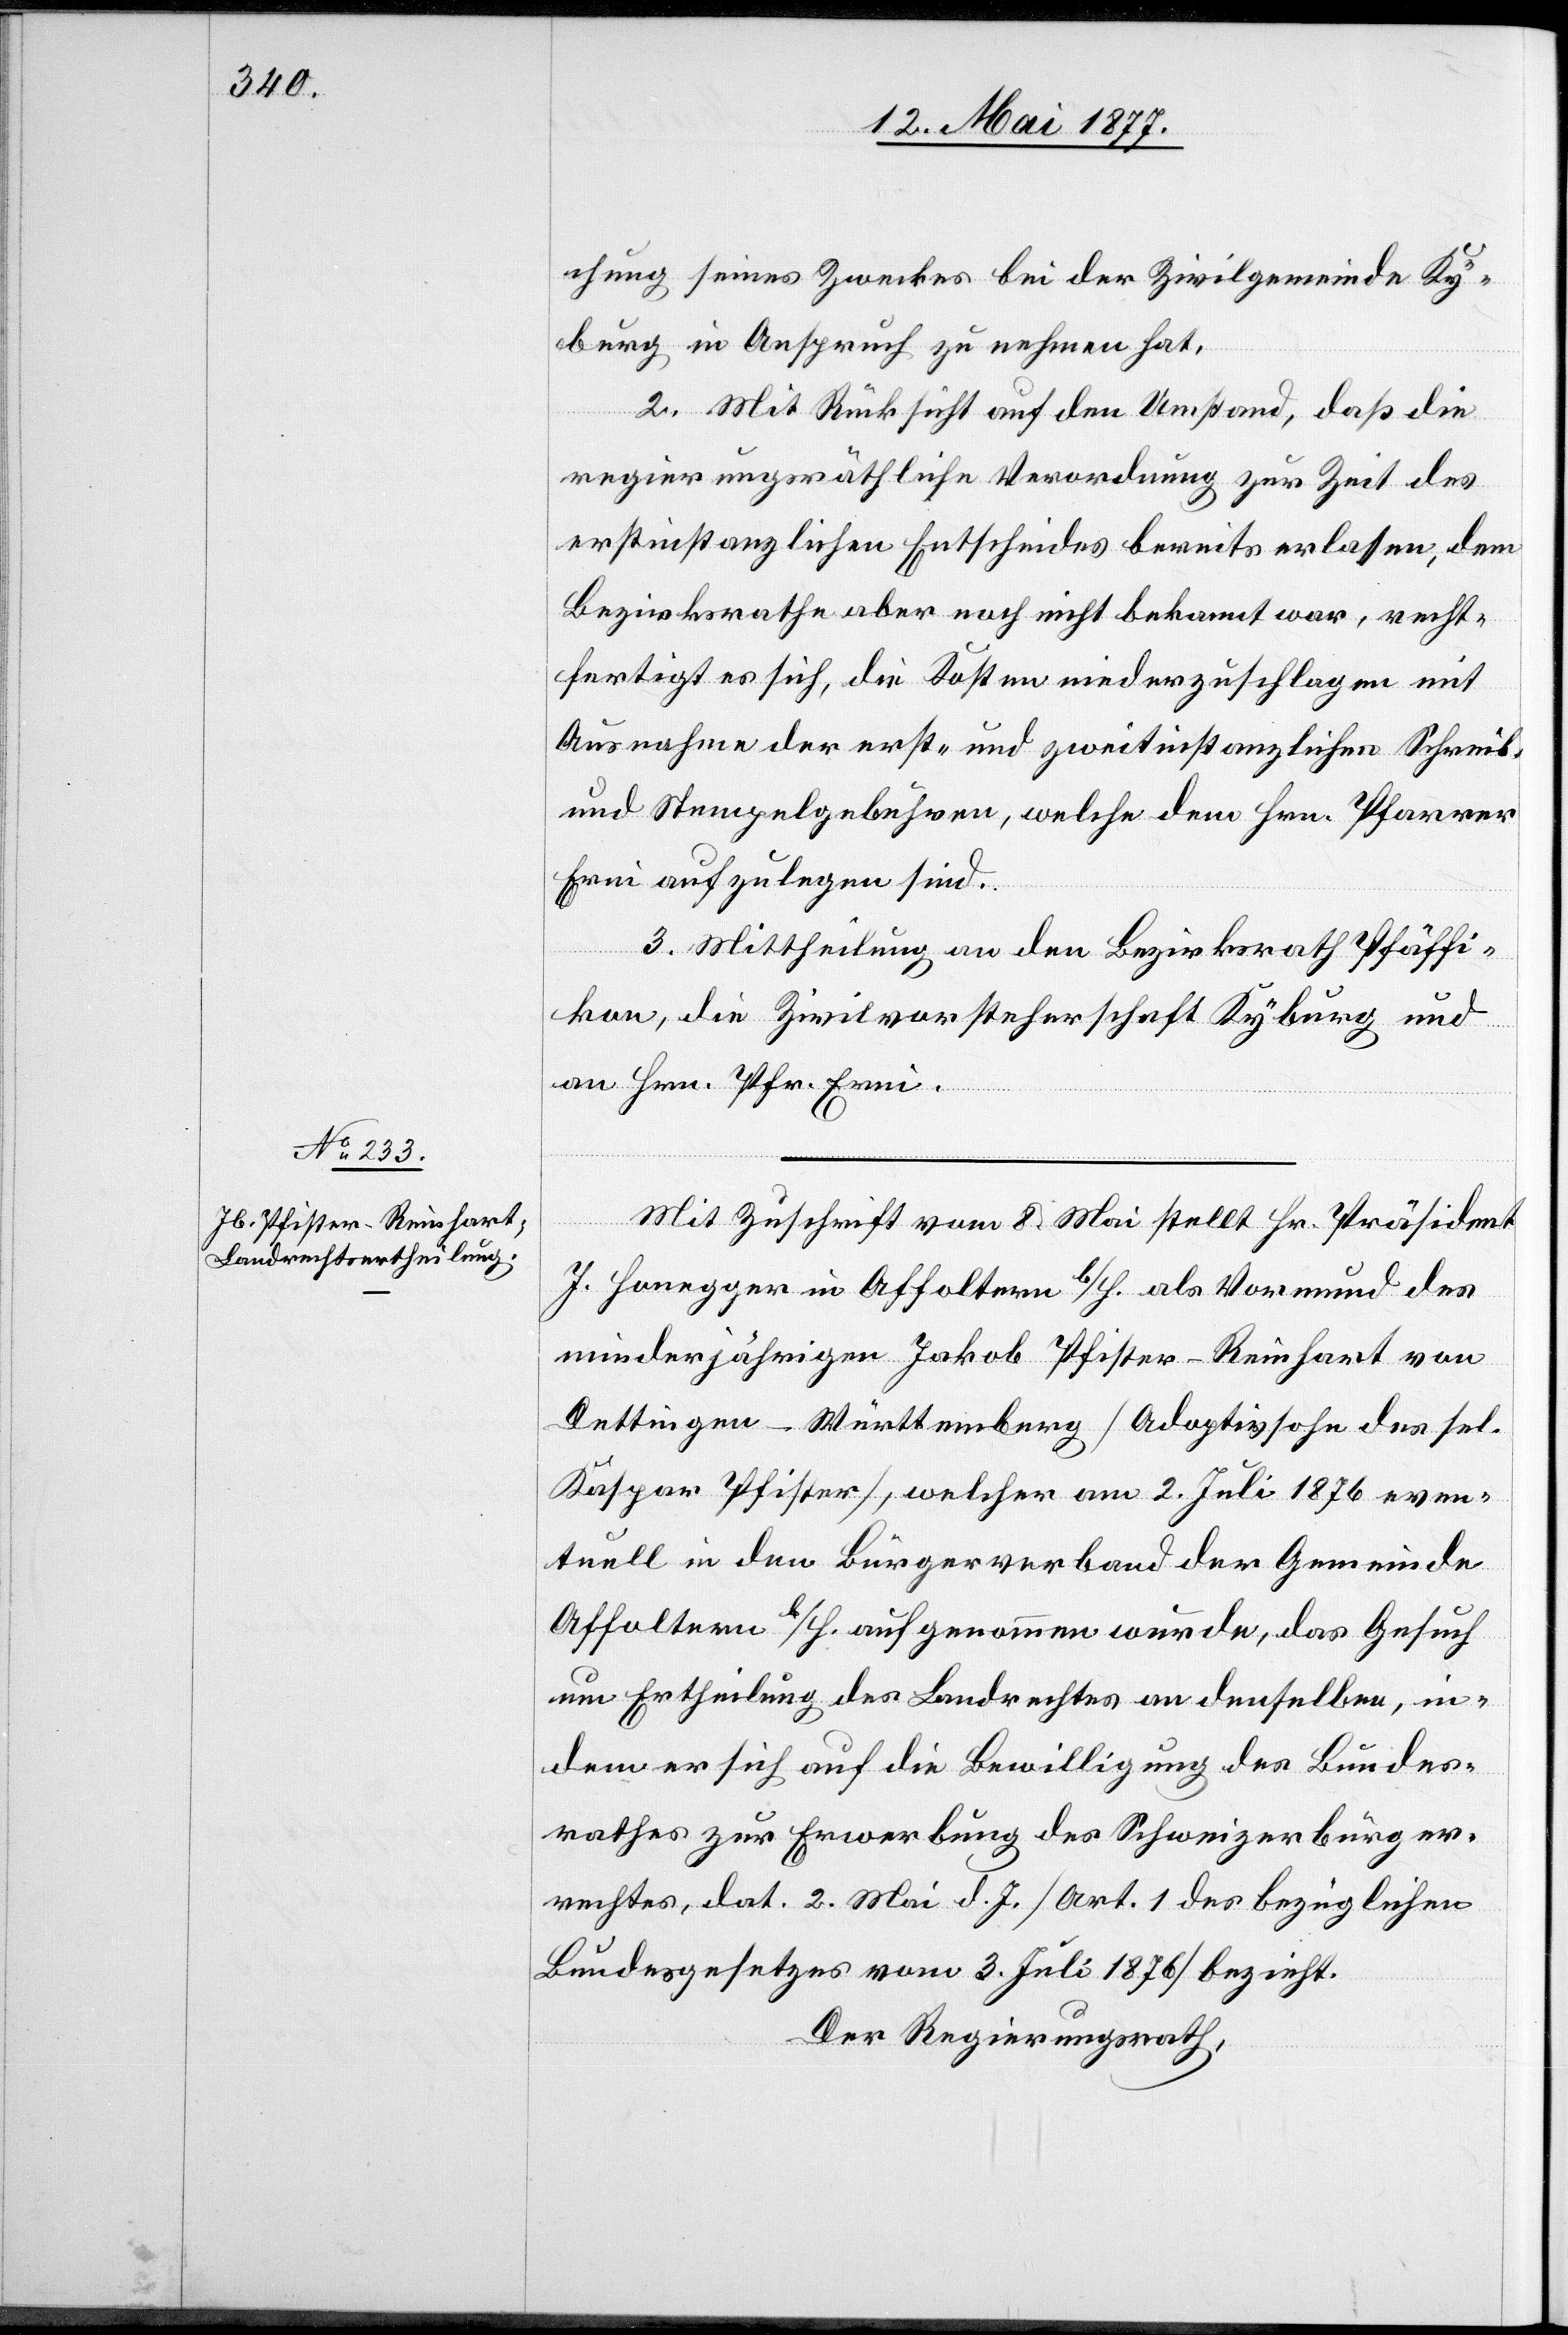
chung seines Zweckes bei der Zivilgemeinde Ky¬
burg in Anspruch zu nehmen hat.
2. Mit Rücksicht auf den Umstand, daß die
regierungsräthliche Verordnung zur Zeit des
erstinstanzlichen Entscheides bereits erlassen, dem
Bezirksrathe aber noch nicht bekannt war, recht¬
fertigt es sich, die Kosten niederzuschlagen mit
Ausnahme der erst- und zweitinstanzlichen Schreib-
und Stempelgebühren, welche dem Hrn. Pfarrer
Erni aufzulegen sind.
3. Mittheilung an den Bezirksrath Pfäffi¬
kon, die Zivilvorsteherschaft Kyburg und
an Hrn. Pfr. Erni.
Mit Zuschrift vom 8. Mai stellt Hr. Präsident
J. Honegger in Affoltern b/H. als Vormund des
minderjährigen Jakob Pfister-Reinhart von
Dettingen - Württemberg [Adoptivsohn des sel.
Kaspar Pfister], welcher am 2. Juli 1876 even¬
tuell in den Bürgerverband der Gemeinde
Affoltern b/H. aufgenommen wurde, das Gesuch
um Ertheilung des Landrechtes an denselben, in¬
dem er sich auf die Bewilligung des Bundes¬
rathes zur Erwerbung des Schweizerbürger¬
rechtes, dat. 2. Mai d. Js. [Art. 1 des bezüglichen
Bundesgesetzes vom 3. Juli 1876] bezieht.
Der Regierungsrath,